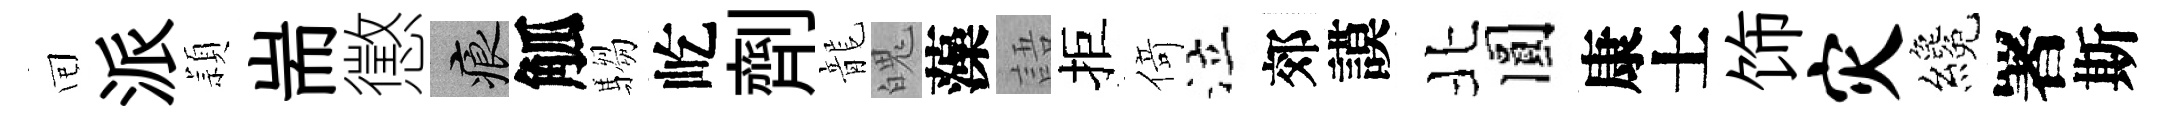
囘派頴耑懲痕觚騶屹劑龍魄藻語拒𠋣泣郊謨北圓康士饰灾纔署斯